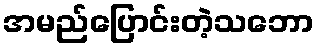
အမည်ပြောင်းတဲ့သဘော